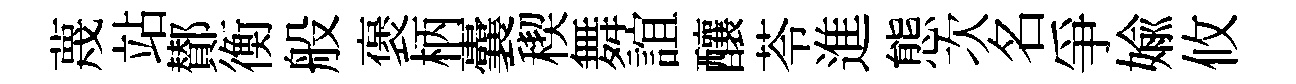
蔑站鄼衡般褒柄囊稧舞誼釀苓進態次名爭媮攸